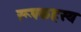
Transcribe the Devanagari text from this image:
रूपकहस्य